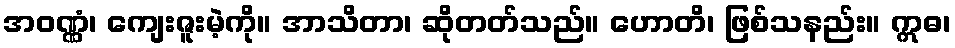
အဝဏ္ဏံ၊ ကျေးဇူးမဲ့ကို။ အာသိတာ၊ ဆိုတတ်သည်။ ဟောတိ၊ ဖြစ်သနည်း။ ဣဓ၊